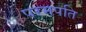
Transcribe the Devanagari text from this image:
परमपति